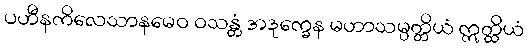
ပဟီနကိလေသာနမေဝ ဝသန္တံ အဒုက္ခေန မဟာသမ္ပတ္တိယံ ဣတ္ထိယံ